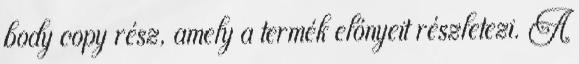
body copy rész, amely a termék előnyeit részletezi. A